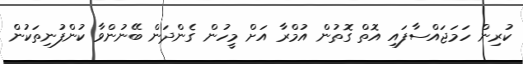
ކުރިން ހަމަޖައްސާފައި އޮތް ގޮތުން އުމްރާ އަށް މީހުން ގެންދަން ބޭނުންވާ ކުންފުނިތަކުން